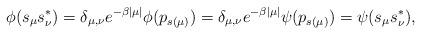
LaTeX: \begin{align*}\phi(s_\mu s_\nu^*)=\delta_{\mu,\nu}e^{-\beta |\mu|}\phi(p_{s(\mu)})=\delta_{\mu,\nu}e^{-\beta |\mu|}\psi(p_{s(\mu)})=\psi(s_\mu s_\nu^*),\end{align*}